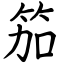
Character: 笳